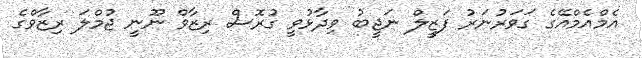
އެމްއެމްއޭގެ ގަވަރުނަރު ފަޒީލް ނަޖީބު ވިދާޅުވީ ގުރޮސް ރިޒާވް ނޫނީ ޖުމްލަ ރިޒާވްގެ